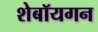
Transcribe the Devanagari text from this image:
शेबॉयगन